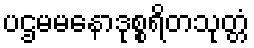
ပဌမမနောဒုစ္စရိတသုတ္တံ